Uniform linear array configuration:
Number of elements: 12
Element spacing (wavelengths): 0.25
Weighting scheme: hann
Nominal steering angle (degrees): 60
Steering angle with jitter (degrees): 59.205
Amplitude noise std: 0.05
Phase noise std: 0.05

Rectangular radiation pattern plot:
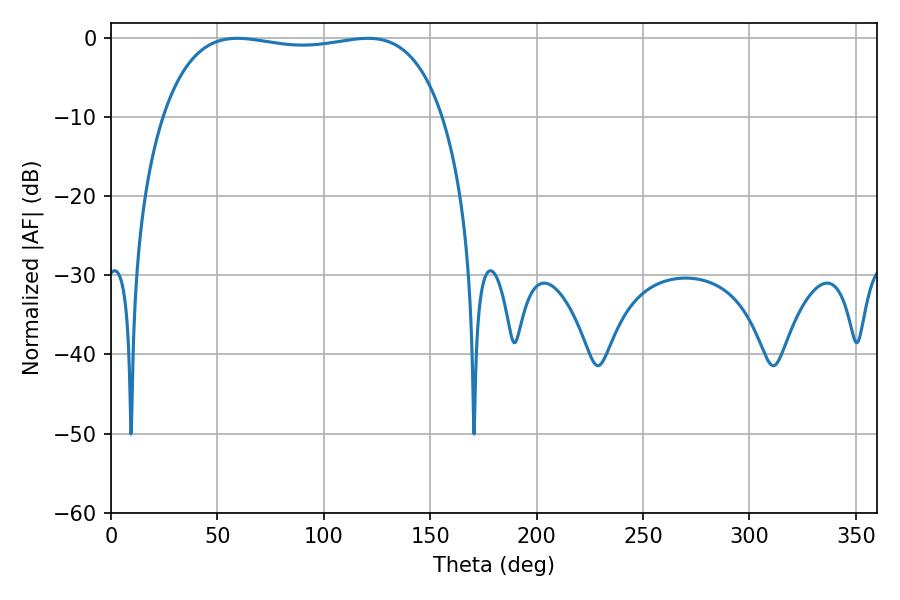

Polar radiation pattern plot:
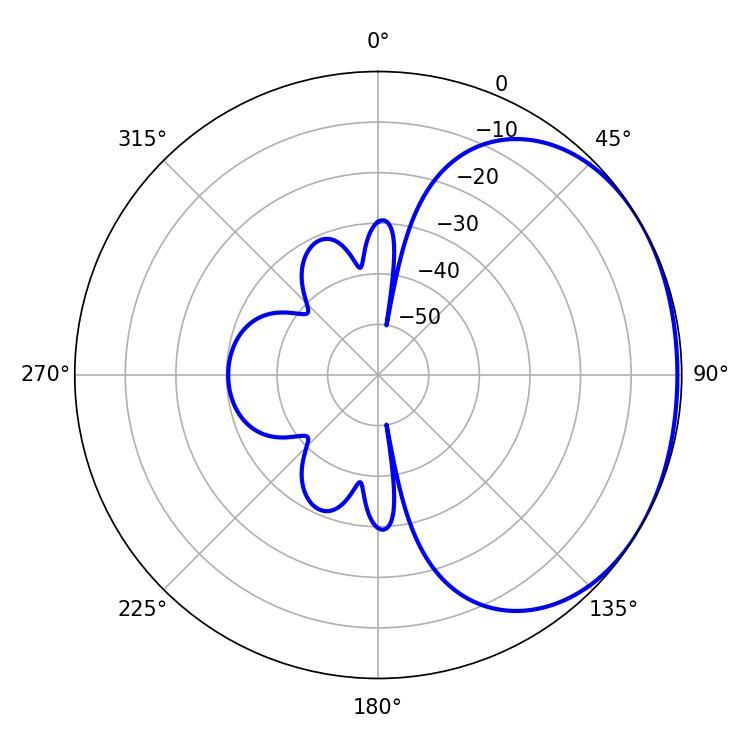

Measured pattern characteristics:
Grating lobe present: FALSE
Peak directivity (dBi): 1.321
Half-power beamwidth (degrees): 105.84
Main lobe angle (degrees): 59.4